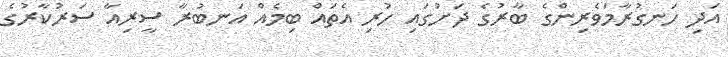
އަދި ހަނގުރާމަވެރިންގެ ބާރުގެ ދަށުގައި ހުރި އެތައް ބިމެއް އަނބުރާ ސީރިއާ ސަރުކާރުގެ